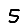
Digit: 5